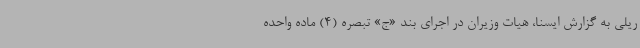
ریلی به گزارش ایسنا، هیات وزیران در اجرای بند «ج» تبصره (4) ماده واحده